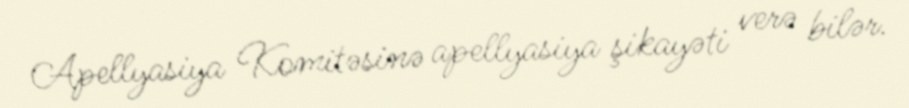
Apellyasiya Komitəsinə apellyasiya şikayəti verə bilər.